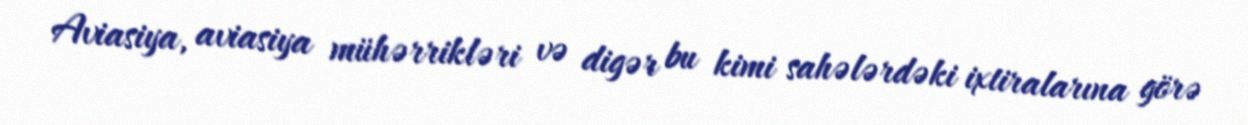
Aviasiya, aviasiya mühərrikləri və digər bu kimi sahələrdəki ixtiralarına görə